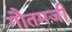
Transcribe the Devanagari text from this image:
गौतमजी